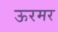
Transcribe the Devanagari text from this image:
ऊरमर